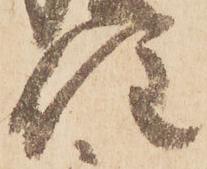
住